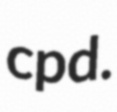
cpd.